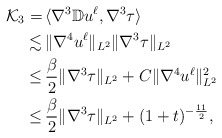
\begin{align*} \mathcal{K}_{3} =&\, \langle \nabla^3\mathbb{D} u^{\ell} ,\nabla^3 \tau\rangle \\ \lesssim &\, \|\nabla^4 u^{\ell}\|_{L^2} \|\nabla^3 \tau\|_{L^2}\\ \leq &\,\frac{\beta}{2}\|\nabla^3 \tau\|_{L^2} + C\|\nabla^4 u^{\ell}\|_{L^2} ^2 \\ \leq&\,\frac{\beta}{2}\|\nabla^3 \tau\|_{L^2} +(1+t)^{-\frac{11}{2}},\end{align*}